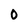
Character: O